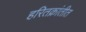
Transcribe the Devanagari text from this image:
हरितक्रांतीत